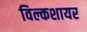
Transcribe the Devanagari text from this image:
विल्कशायर